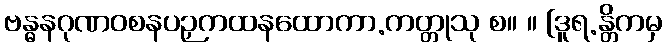
ဗန္ဓနဂုဏဝစနပဉှကထနထောကာ.ကတ္တုသု စ။ ။ [ဒူရ.န္တိကမှ